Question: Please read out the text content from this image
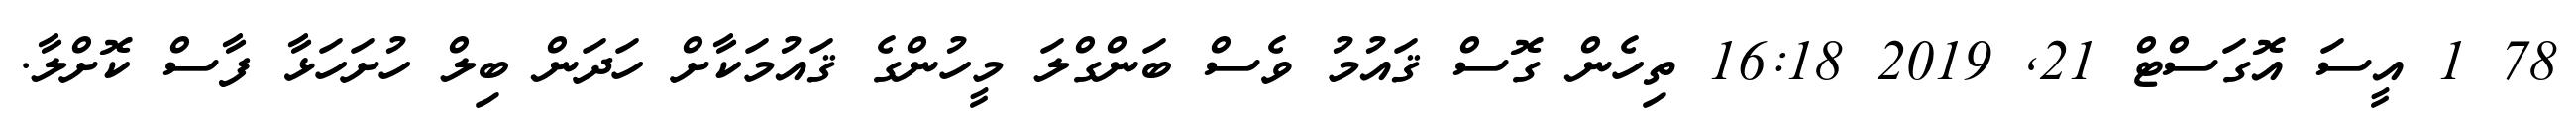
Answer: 78 1 އީސަ އޮގަސްޓް 21, 2019 16:18 ތިހެން ގޮސް ޤައުމު ވެސް ބަންގްލަ މީހުންގެ ޤައުމަކާށް ހަދަން ބިލް ހުށަހަޅާ ފާސް ކޮށްލާ.